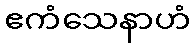
ဧကံသေနာဟံ